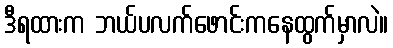
ဒီရထားက ဘယ်ပလက်ဖောင်းကနေထွက်မှာလဲ။